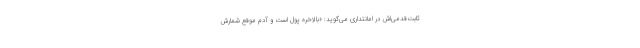
ثابت‌قدمی‌اش در امانتداری می‌گوید: «بالاخره پول است و آدم موقع شمارش